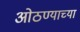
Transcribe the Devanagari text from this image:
ओठण्याच्या